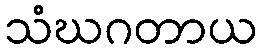
သံဃဂတာယ